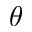
\theta